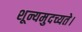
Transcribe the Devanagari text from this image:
शून्यमुदच्यते।